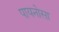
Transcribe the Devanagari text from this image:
पायनोसा